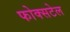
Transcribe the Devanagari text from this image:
फोक्सटेल